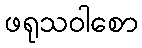
ဖရုသဝါစော